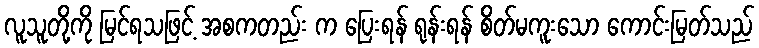
လူသူတို့ကို မြင်ရသဖြင့် အစကတည်း က ပြေးရန် ရုန်းရန် စိတ်မကူးသော ကောင်းမြတ်သည်